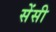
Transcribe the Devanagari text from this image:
सेंसी